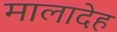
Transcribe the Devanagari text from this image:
मालादेह